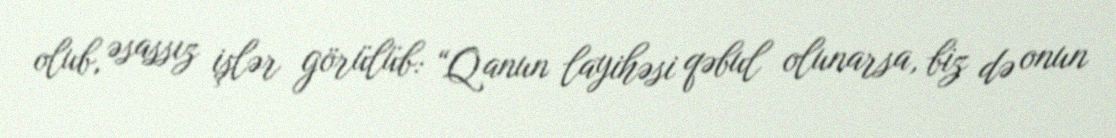
olub, əsassız işlər görülüb: “Qanun layihəsi qəbul olunarsa, biz də onun